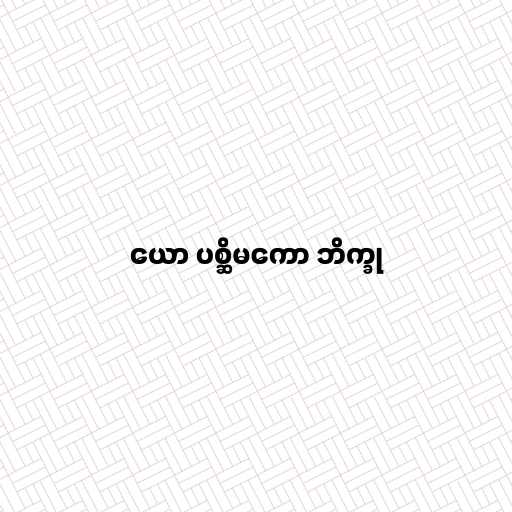
ယော ပစ္ဆိမကော ဘိက္ခု